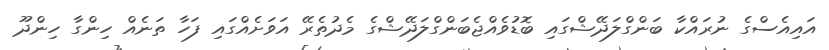
އައިއެސްގެ ނުރައްކާ ބަންގްލަދޭޝްގައި ބޮޑުވެއްޖެބަންގްލަދޭޝްގެ މެދުތެރޭ އަވަށެއްގައި ފަހާ ތަނެއް ހިންގާ ހިންދޫ